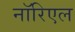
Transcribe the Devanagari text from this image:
नॉरिएल